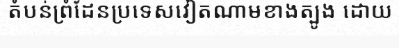
តំបន់ព្រំដែនប្រទេសវៀតណាមខាងត្បូង ដោយ